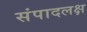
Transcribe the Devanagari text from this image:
संपादलक्ष